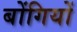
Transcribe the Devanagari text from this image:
बोंगियों